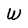
Character: W